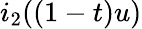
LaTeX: i_{2}((1-t)u)